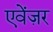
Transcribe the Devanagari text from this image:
एवेंज़र